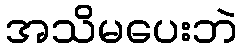
အသိမပေးဘဲ